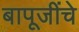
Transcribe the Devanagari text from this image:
बापूजींचे